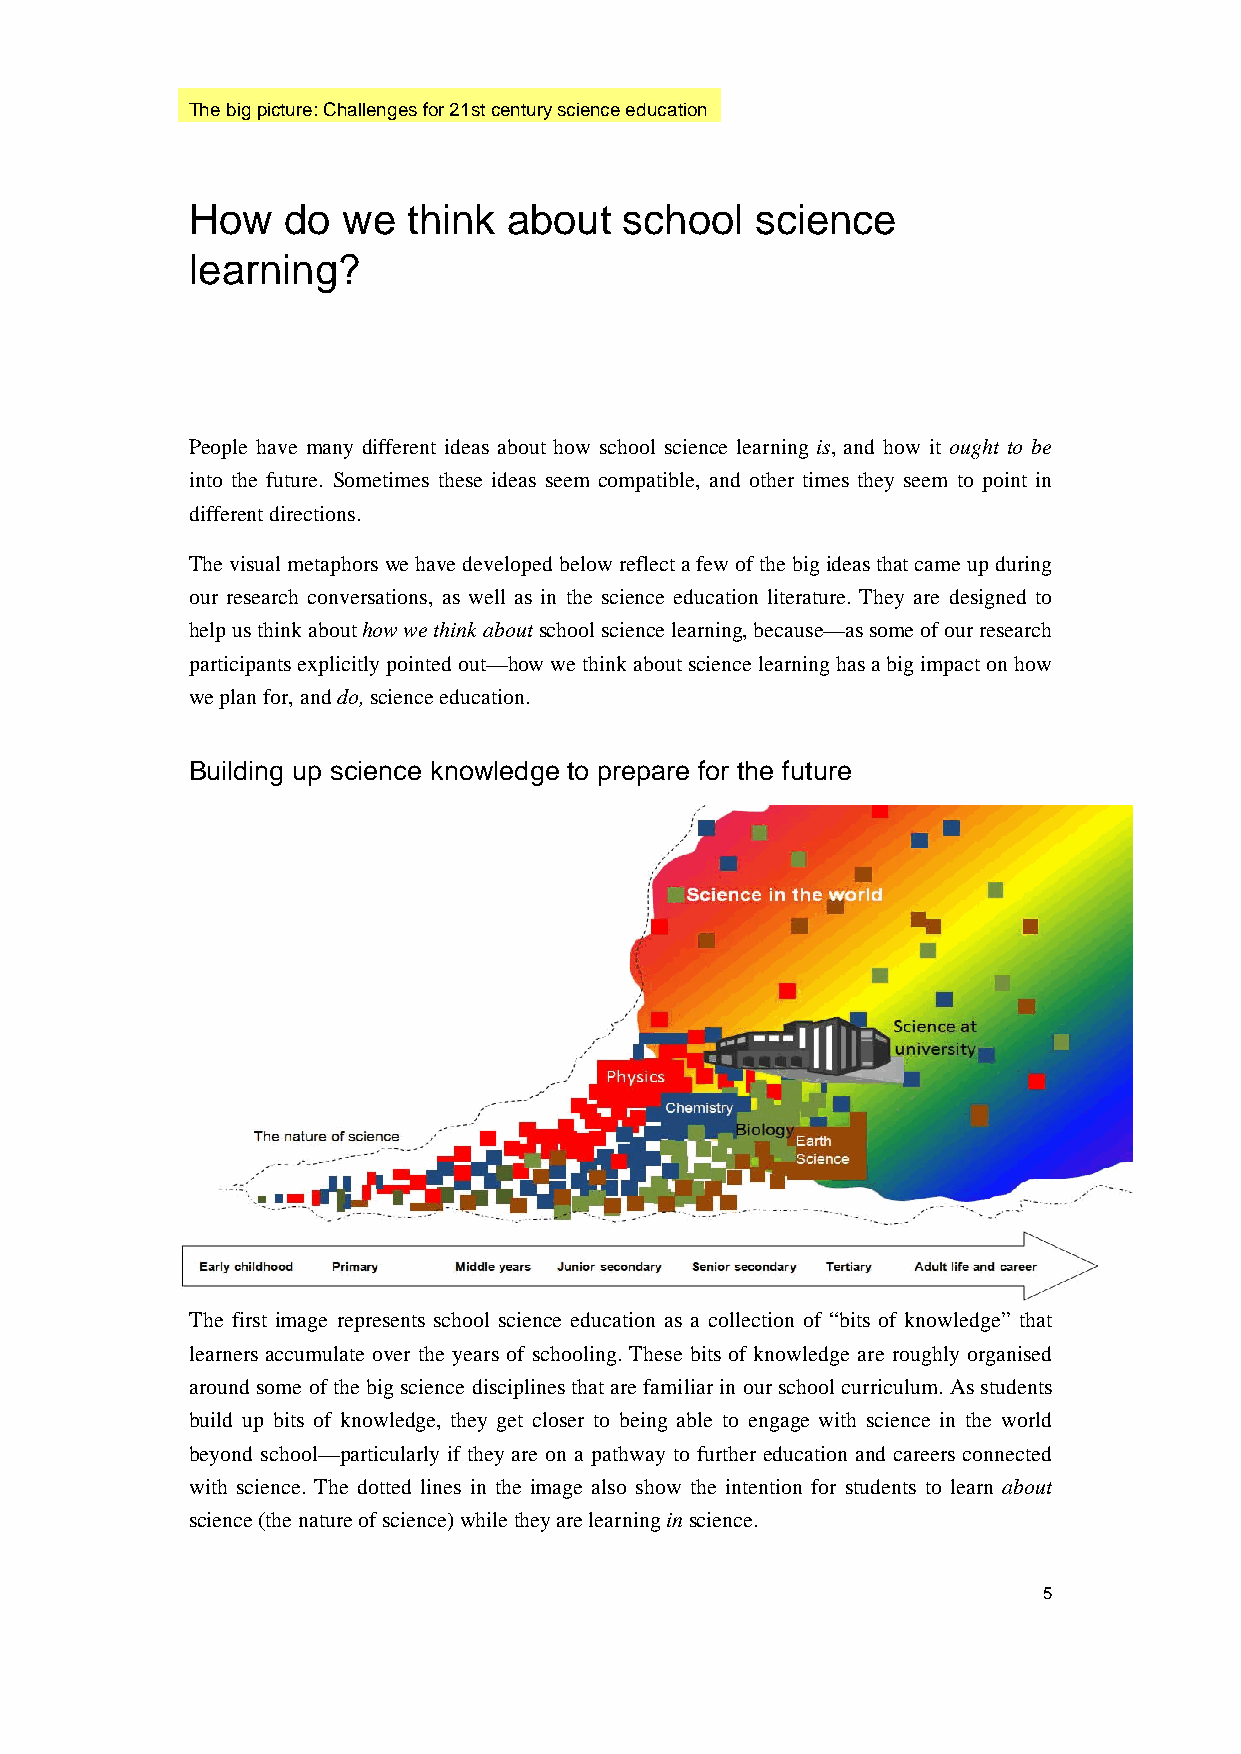
The big picture: Challenges for 21st century science education
 How   do  we  think  about  school   science
 learning?
 People have many different ideas about how school science learning is, and how it ought to be
 into the future. Sometimes these ideas seem compatible, and other times they seem to point in
 different directions.
 The visual metaphors we have developed below reflect a few of the big ideas that came up during
 our research conversations, as well as in the science education literature. They are designed to
 help us think about how we think about school science learning, because—as some of our research
 participants explicitly pointed out—how we think about science learning has a big impact on how
 we plan for, and do, science education.
 Building up science knowledge to prepare for the future
 The first image represents school science education as a collection of “bits of knowledge” that
 learners accumulate over the years of schooling. These bits of knowledge are roughly organised
 around some of the big science disciplines that are familiar in our school curriculum. As students
 build up bits of knowledge, they get closer to being able to engage with science in the world
 beyond school—particularly if they are on a pathway to further education and careers connected
 with science. The dotted lines in the image also show the intention for students to learn about
 science (the nature of science) while they are learning in science.
 5